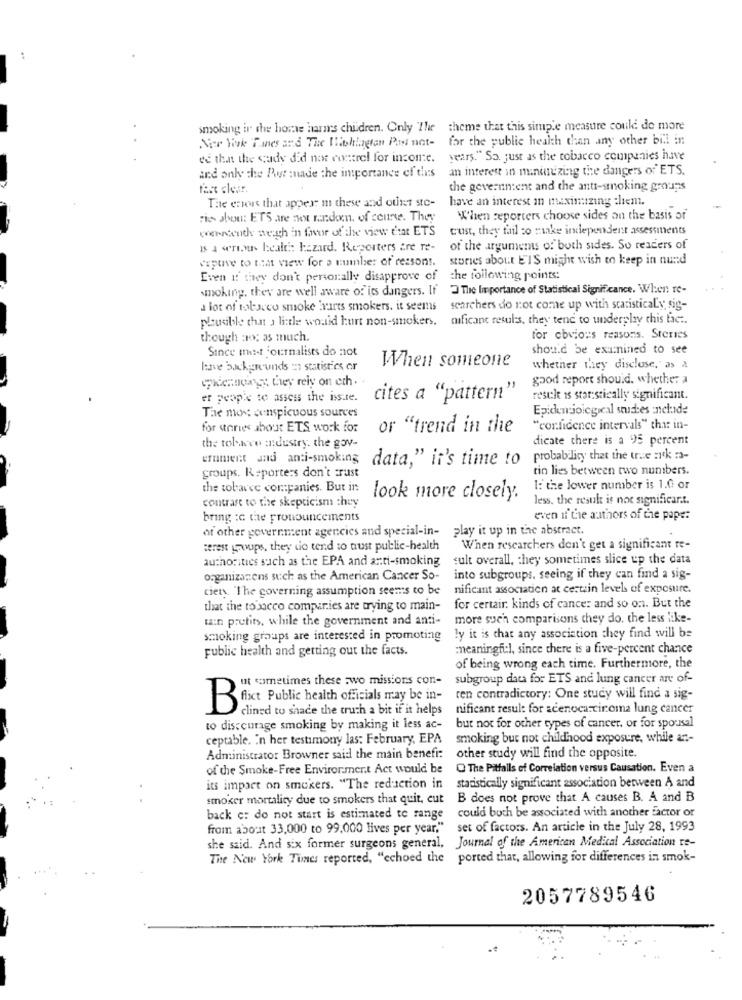
smoking in the home harms children. Only The theme that this simple measure could de more
for the public health than any other bill in
Ner Yok Tanes and The Washington Post not-
ed that the cady did not correl for income.
years." So. just as the tobacco companies have
an interest in minimizing the dangers of ETS.
and only the Pot made the importance of this
fast clear.
the government and the anti-smoking groups
The envous that appear m these and ount ste-
have an interest in maximizing them.
Fis abou: ETS are not random, of course. They
"When reporters choose sides on the basis of
werdenthe weigh in favor of the view that ETS
cust, they fail co mike independent assessments
Is a serious health: hazard. Reporters are re-
of the argumems of both sides. So readers of
veptive to that view for a number of reasons.
stories about EIS might wish to keep in nund
Even if they don't personally disapprove of the following points:
smoking, they are well aware of its dangers. If 3 The Importance of Statistical Significance. When te-
a lot of tobacco smoke kvarts smokers. it seems
searchers do not come up with statisticaLy sig-
phusible that a little would hurt non-smokers, mificant resul's, they tend to underplay this fact.
though aog as much.
for obvious reasons. Steres
Since mist journalists do not
should be examined to see
lave backgrounds ma statistics or
When someone
whether they disclose," as A
epkennungs they rely on eth .
good report should. whether a
er people to assess the issite.
cites a "pattern"
resele is star;stically significant.
The most conspicuous sources
Epidemiological studies include
for stories about ETS work for
or "trend in the
"confidence intervals" that in-
dicate there is a 95 percent
the tolwww industry. the gov-
ernment and anti-smoking
data," it's time to
probability that the true :rek -
groups. Reporters don't trust
tin lies between two numbers.
the tobarce companies. But in
I: the lower number is 1.0 or
contrast to the skepticism they
look more closely.
less, the result is not significant.
bring :c the pronouncements
even if the authors of the pape:
of other government agencies and special-in-
play it up in the abstract.
terest groups, they do tend to trust public-health
When researchers don't get a significant re-
authorities such as the EPA and anti-smoking
sult overall, they sometimes slice up the data
organizamens such as the American Cancer So-
into subgroups, seeing if they can find a sig-
cien. 'The governing assumption seems to be
nificant association at certain level of exposure.
that the tobacco companies are trying to main-
for certair. kinds of cancer and so on. But the
tain prutits, while the government and anti-
more such comparisons they do. the less like-
smoking groups are interested in promoting
ly it is that any association they find will be
public health and getting out the facts.
meaningful, since there is a five-percent chance
of being wrong each time. Furthermore, the
ut sometimes these two missions con-
subgroup data for ETS and lung cancer are of-
ren contradictory: One study will find a sig-
Bfixe Public health officials may be in-
clined to shade the truth a bit if it helps
nificant resul: for acenocarcinoma lung cancer
to disc curage smoking by making it less ac-
but not for other types of cancer. or for spousal
ceptable. In her testimony las: February, EPA
smoking but not childhood exposure, while an-
Administrator Browner said the main benefi:
other study will find the opposite.
of the Smoke-Free Environment Act would be
O The Pitfalls of Correlation versus Causation. Even a
its impact on smokers. "The redaction in
statistically significant association between A and
smoker mortality due to smokers that quit, cut
B does not prove that A causes B. A and B
could both be associated with another factor or
back e: do not start is estimated to range
from about 33,000 to 99,000 lives per year."
set of factors. An article in the July 28, 1993
she said. And six former surgeons general, Journal of the American Medical Association te-
The New York Times reported, "echoed the ported that, allowing for differences in smok-
2057789546